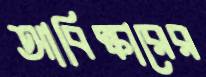
আবিষ্কারের